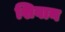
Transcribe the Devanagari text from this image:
शिवान